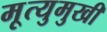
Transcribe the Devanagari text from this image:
मृ्त्युमुखी